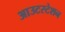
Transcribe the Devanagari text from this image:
आउटस्टेशन